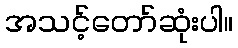
အသင့်တော်ဆုံးပါ။